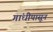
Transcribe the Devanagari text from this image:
गांधीपासून